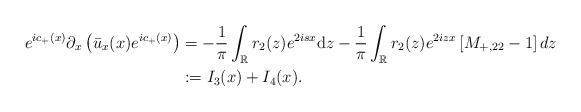
LaTeX: \begin{align*}e^{ic_+(x)} \partial_{x}\left(\bar{u}_x(x) e^{ic_+(x)}\right)&=-\frac{1}{\pi} \int_{\mathbb{R}} r_2(z) e^{2isx}\mathrm{d} z-\frac{1}{\pi} \int_{\mathbb{R}} r_2(z) e^{2 iz x}\left[M_{+,22} -1\right] dz\\&:=I_3(x)+I_4(x).\end{align*}